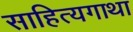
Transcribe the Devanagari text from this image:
साहित्यगाथा